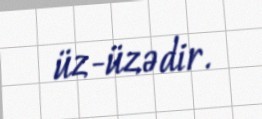
üz-üzədir.